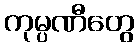
ကုမ္ပဏီတွေ